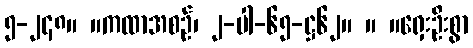
၅-၂၄၈။ ။ကထာအစဉ်၊ ၂-ပါ-၆၅-ဋ္ဌ၆၂။ ။ ။ရှေးဦးစွာ